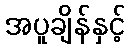
အပူချိန်နှင့်